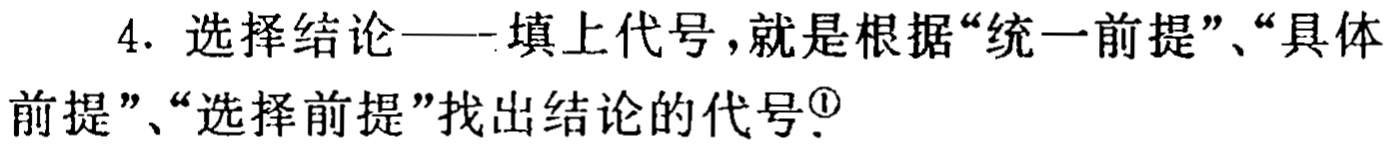
4. 选择结论——填上代号，就是根据“统一前提”、“具体前提”、“选择前提”找出结论的代号\textsuperscript{1}